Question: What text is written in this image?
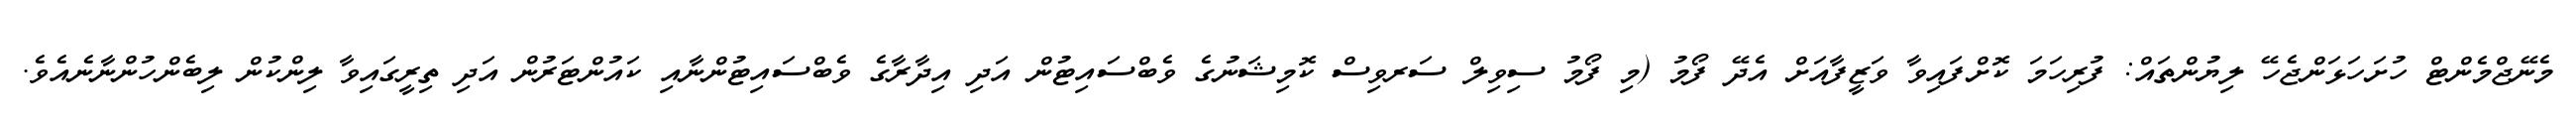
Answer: މެނޭޖްމެންޓް ހުށަހަޅަންޖެހޭ ލިޔުންތައް: ފުރިހަމަ ކޮށްފައިވާ ވަޒީފާއަށް އެދޭ ފޯމު (މި ފޯމު ސިވިލް ސަރވިސް ކޮމިޝަނުގެ ވެބްސައިޓުން އަދި އިދާރާގެ ވެބްސައިޓުންނާއި ކައުންޓަރުން އަދި ތިރީގައިވާ ލިންކުން ލިބެންހުންނާނެއެވެ.